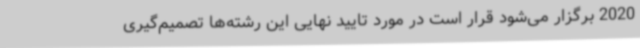
2020 برگزار می‌شود قرار است در مورد تایید نهایی این رشته‌ها تصمیم‌گیری